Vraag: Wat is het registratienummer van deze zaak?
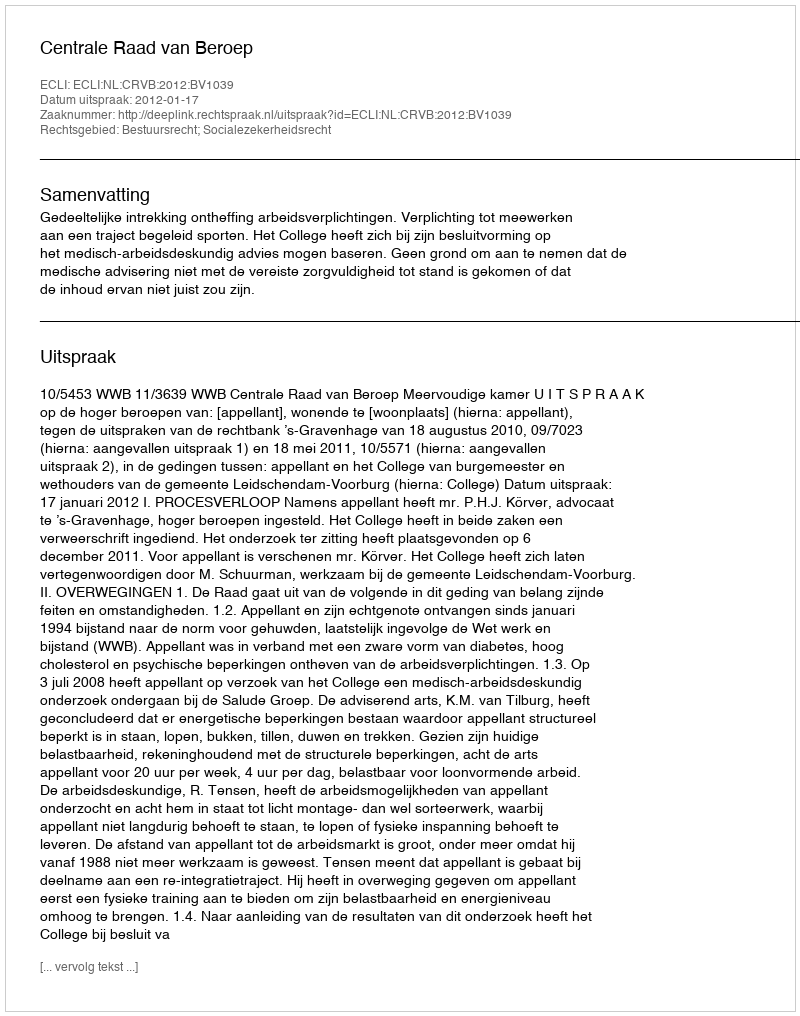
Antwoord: http://deeplink.rechtspraak.nl/uitspraak?id=ECLI:NL:CRVB:2012:BV1039